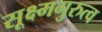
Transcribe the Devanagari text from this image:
सूक्ष्मगुरुत्व